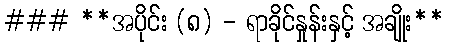
### **အပိုင်း (၈) - ရာခိုင်နှုန်းနှင့် အချိုး**